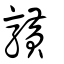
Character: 𪏆